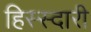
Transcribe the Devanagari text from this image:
हिस्स्दारी